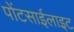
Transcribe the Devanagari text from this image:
पोंटसाईलाइट